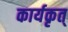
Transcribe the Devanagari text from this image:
कार्यकृत्